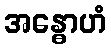
အန္ဓောဟံ